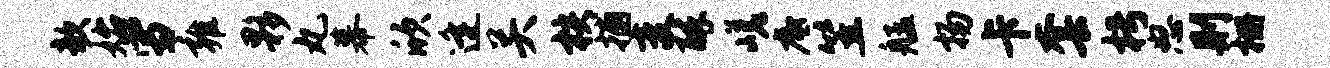
欹始雪雍夥丸幕欣逄关核捕变醉嵯底笠艋扬卡套枵怒则栅